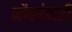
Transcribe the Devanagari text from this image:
नौकांनाही